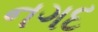
નગદ